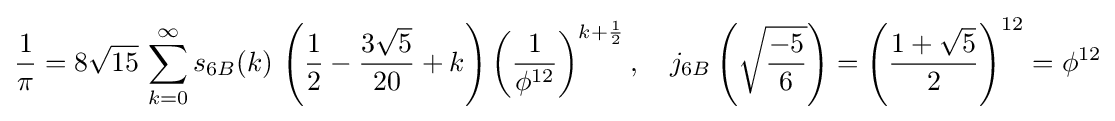
{\frac {1}{\pi }}=8{\sqrt {15}}\,\sum _{k=0}^{\infty }s_{6B}(k)\,\left({\frac {1}{2}}-{\frac {3{\sqrt {5}}}{20}}+k\right)\left({\frac {1}{\phi ^{12}}}\right)^{k+{\frac {1}{2}}},\quad j_{6B}\left({\sqrt {\frac {-5}{6}}}\right)=\left({\frac {1+{\sqrt {5}}}{2}}\right)^{12}=\phi ^{12}